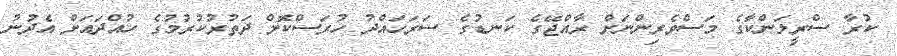
ކުރާ ސްރީލަންކާގެ މަސްވެރިންނަށް ރާއްޖޭގެ ކަނޑުގެ ސަރަހައްދު ހުރަސްކޮށް ދަތުރުކުރުމުގެ ހުއްދައަށް އެދުނު